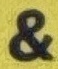
&